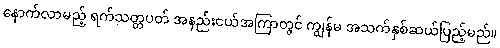
နောက်လာမည့် ရက်သတ္တပတ် အနည်းငယ်အကြာတွင် ကျွန်မ အသက်နှစ်ဆယ်ပြည့်မည်။